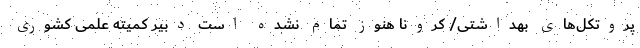
پروتکل‌های بهداشتی/ کرونا هنوز تمام نشده است دبیر کمیته علمی کشوری